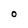
Character: O